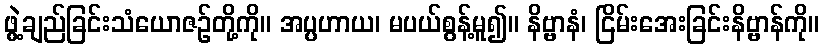
ဖွဲ့ချည်ခြင်းသံယောဇဉ်တို့ကို။ အပ္ပဟာယ၊ မပယ်စွန့်မူ၍။ နိဗ္ဗာနံ၊ ငြိမ်းအေးခြင်းနိဗ္ဗာန်ကို။